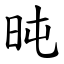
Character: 旽